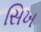
સિખ